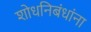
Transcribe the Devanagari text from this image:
शोधनिबंधांना